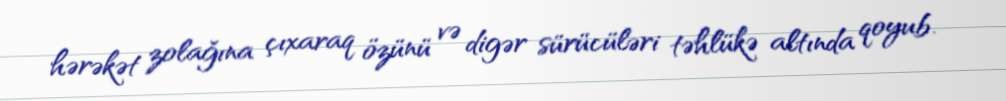
hərəkət zolağına çıxaraq özünü və digər sürücüləri təhlükə altında qoyub.